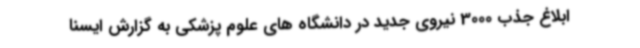
ابلاغ جذب 3000 نیروی جدید در دانشگاه های علوم پزشکی به گزارش ایسنا